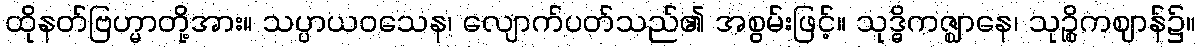
ထိုနတ်ဗြဟ္မာတို့အား။ သပ္ပာယဝသေန၊ လျောက်ပတ်သည်၏ အစွမ်းဖြင့်။ သုဒ္ဓိကဇ္ဈာနေ၊ သုဉ္စိကဈာန်၌။